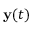
{ \bf y } ( t )